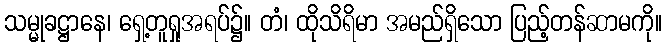
သမ္မုခဋ္ဌာနေ၊ ရှေ့တူရှုအရပ်၌။ တံ၊ ထိုသိရိမာ အမည်ရှိသော ပြည့်တန်ဆာမကို။